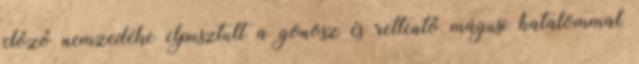
előző nemzedéke elpusztult a gonosz és rettentő mágusi hatalommal